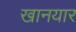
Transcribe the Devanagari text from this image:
खानयार